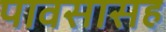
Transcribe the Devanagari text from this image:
पावसासह